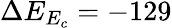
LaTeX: \Delta E_{E_{c}}=-129